Report on vaccination proceedings throughout the Government of Bengal -
Year: 1868
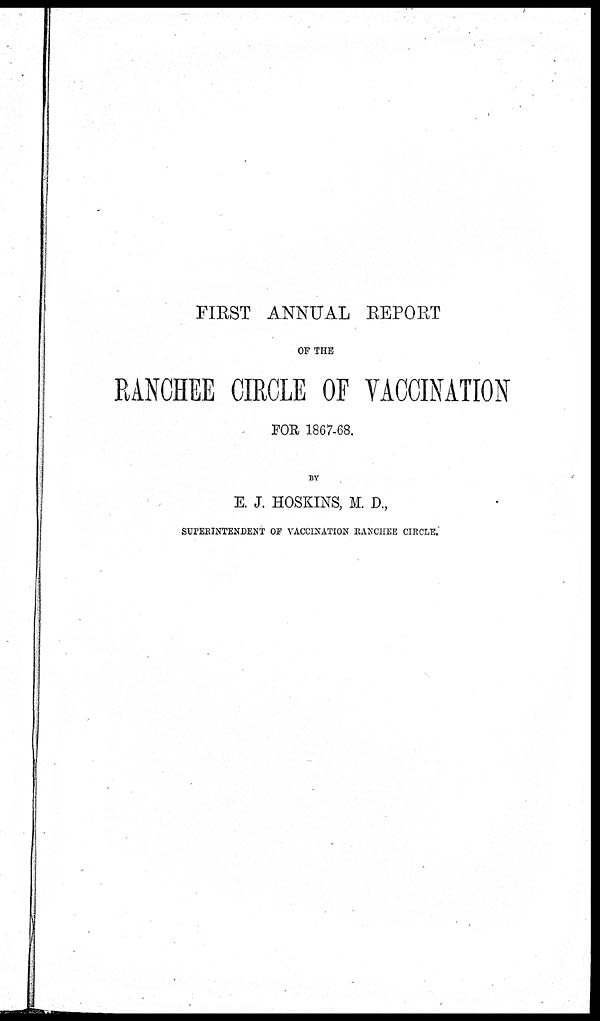
FIRST ANNUAL REPORT
OF THE
RANCHEE CIRCLE OF VACCINATION
FOR 1867-68.
BY
E.J. HOSKINS, M. D.,
SUPERINTENDENT OF VACCINATION RANCHEE CIRCLE.